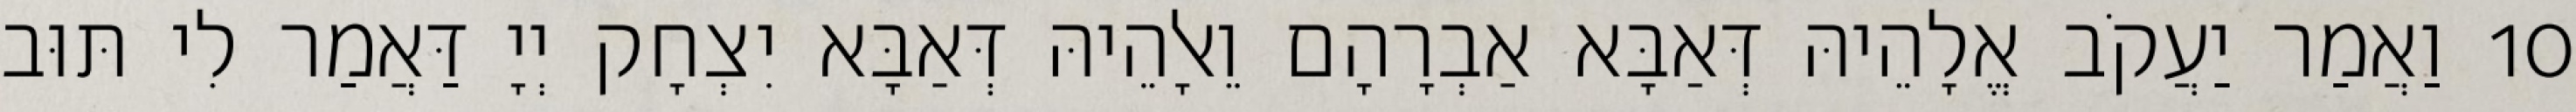
10 וַאֲמַר יַעֲקֹב אֱלָהֵיהּ דְּאַבָּא אַבְרָהָם וֵאלָהֵיהּ דְּאַבָּא יִצְחָק יְיָ דַּאֲמַר לִי תּוּב